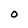
Character: 0